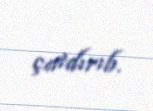
çatdırıb.